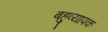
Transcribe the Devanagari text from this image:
बहुव्यापक